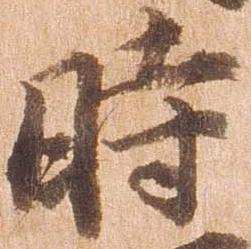
時